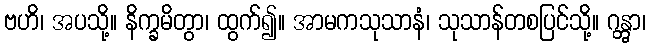
ဗဟိ၊ အပသို့။ နိက္ခမိတွာ၊ ထွက်၍။ အာမကသုသာနံ၊ သုသာန်တစပြင်သို့။ ဂန္တွာ၊